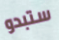
ستبدو